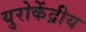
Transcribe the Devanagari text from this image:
युरोकेंद्रीय